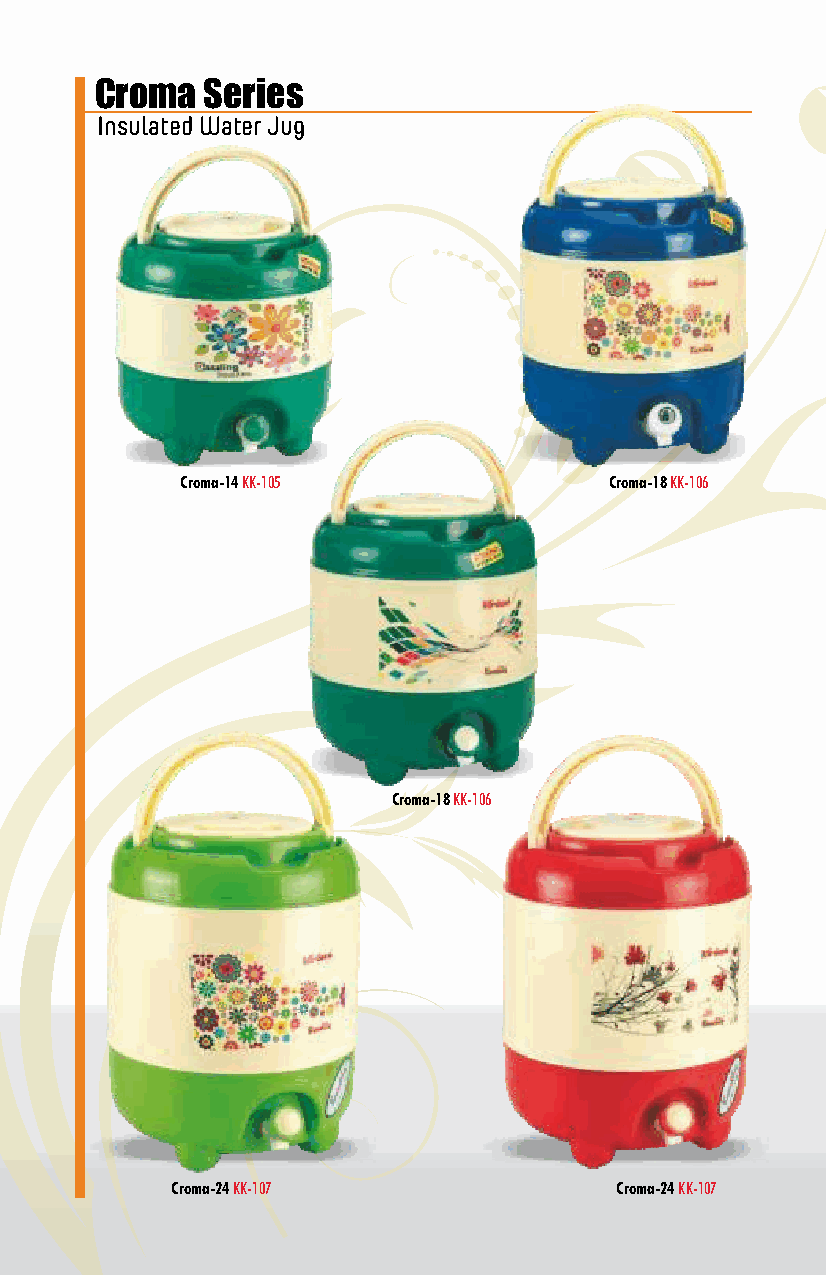
Croma  Series
 Insulated Water Jug
 Croma-14 KK-105             Croma-18 KK-106
 Croma-18 KK-106
 Croma-24 KK-107               Croma-24 KK-107